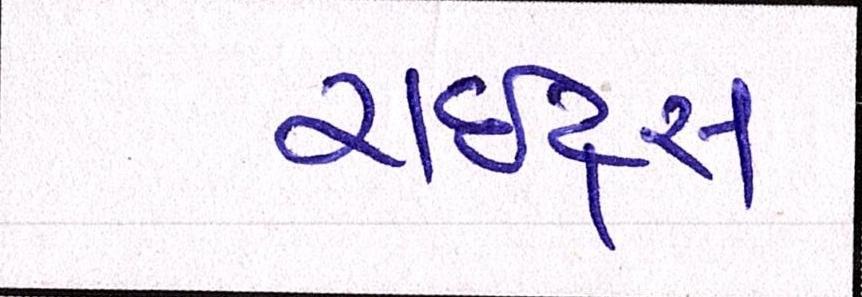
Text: રાઇટ્સ